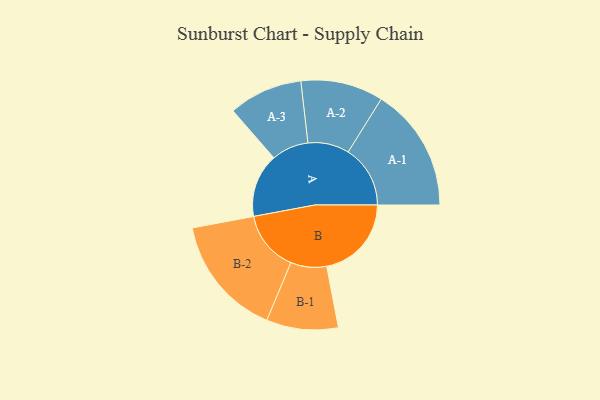
{"axis": {"x": "Segment", "y": "Value"}, "legend": ["", "A", "B"], "data": [{"x": "A", "y": 284, "type": ""}, {"x": "B", "y": 378, "type": ""}, {"x": "A-1", "y": 277, "type": "A"}, {"x": "A-2", "y": 184, "type": "A"}, {"x": "A-3", "y": 165, "type": "A"}, {"x": "B-1", "y": 160, "type": "B"}, {"x": "B-2", "y": 271, "type": "B"}]}